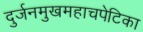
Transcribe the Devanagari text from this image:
दुर्जनमुखमहाचपेटिका